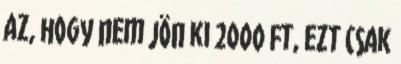
az, hogy nem jön ki 2000 Ft, ezt csak